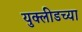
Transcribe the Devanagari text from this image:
युक्लीडच्या